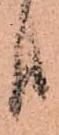
日